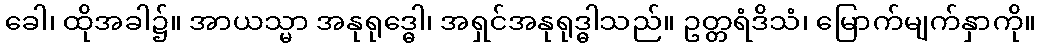
ခေါ၊ ထိုအခါ၌။ အာယသ္မာ အနုရုဒ္ဓေါ၊ အရှင်အနုရုဒ္ဓါသည်။ ဥတ္တရံဒိသံ၊ မြောက်မျက်နှာကို။